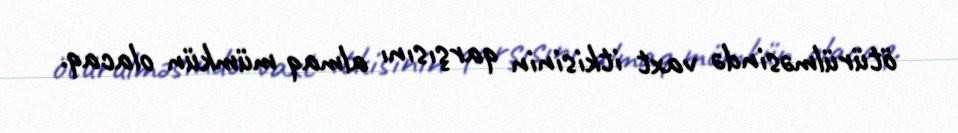
ötürülməsində vaxt itkisinin qarşısını almaq mümkün olacaq.